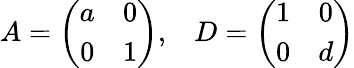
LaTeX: A=\left(\begin{array}{cc}{{a}}&{{0}}\\ {{0}}&{{1}}\end{array}\right),\; \; \; D=\left(\begin{array}{cc}{{1}}&{{0}}\\ {{0}}&{{d}}\end{array}\right)